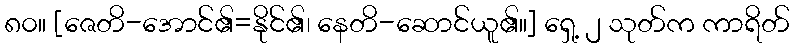
၈၀။ [ဇေတိ-အောင်၏=နိုင်၏၊ နေတိ-ဆောင်ယူ၏။] ရှေ့ ၂ သုတ်က ကာရိတ်